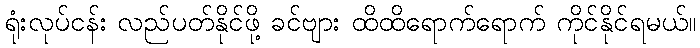
ရုံးလုပ်ငန်း လည်ပတ်နိုင်ဖို့ ခင်ဗျား ထိထိရောက်ရောက် ကိုင်နိုင်ရမယ်။